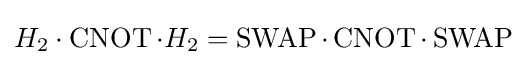
H_{2}\cdot \operatorname {CNOT} \cdot H_{2}=\operatorname {SWAP} \cdot \operatorname {CNOT} \cdot \operatorname {SWAP}